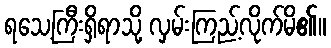
ရသေ့ကြီးရှိရာသို့ လှမ်းကြည့်လိုက်မိ၏။